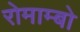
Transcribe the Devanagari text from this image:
रोमाम्बो